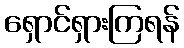
ရှောင်ရှားကြရန်